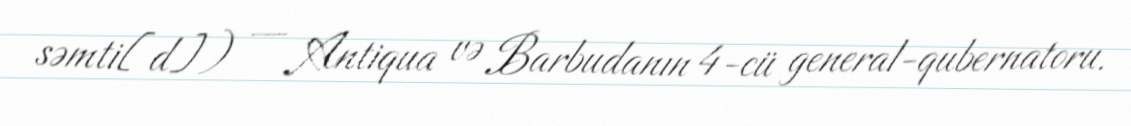
səmti[d]) — Antiqua və Barbudanın 4-cü general-qubernatoru.